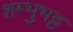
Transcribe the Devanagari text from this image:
शम्भुभट्ट